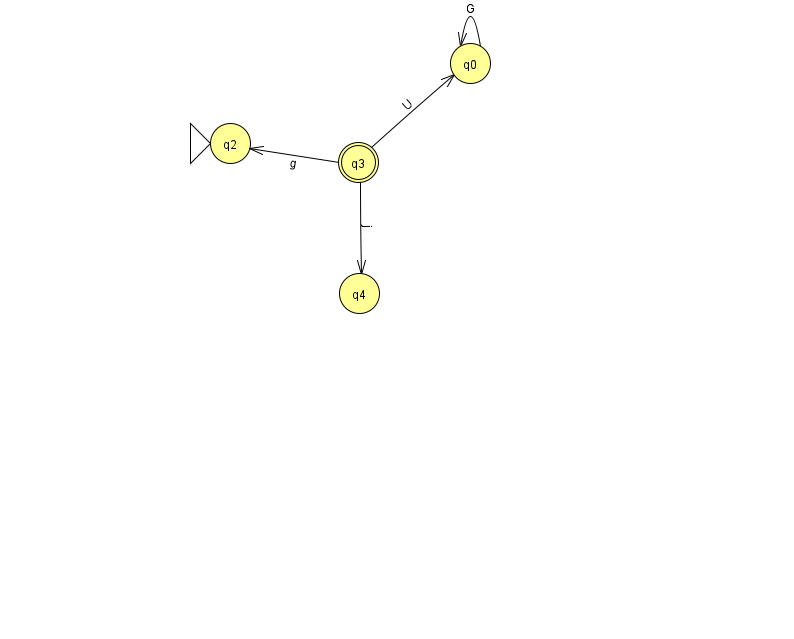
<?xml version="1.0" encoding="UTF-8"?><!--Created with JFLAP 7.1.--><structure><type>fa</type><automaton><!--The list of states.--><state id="0" name="q0"><x>470.0</x><y>50.0</y></state><state id="2" name="q2"><x>230.0</x><y>130.0</y><initial/></state><state id="3" name="q3"><x>358.0</x><y>149.0</y><final/></state><state id="4" name="q4"><x>359.0</x><y>280.0</y></state><!--The list of transitions.--><transition><from>3</from><to>4</to><read>j</read></transition><transition><from>3</from><to>0</to><read>U</read></transition><transition><from>0</from><to>0</to><read>G</read></transition><transition><from>3</from><to>2</to><read>g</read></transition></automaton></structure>